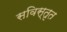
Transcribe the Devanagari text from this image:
सविस्तृत